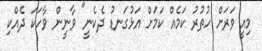
މިއީ ވަރަށް ހުތުރު ކަމެއް ކަމަށް އަޅުގަނޑު ދެކެނީ" ވާނީން ވާހަކަ ދެއްކި